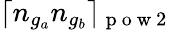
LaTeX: \lceil n_{g_{a}}n_{g_{b}}\rceil_{\mathrm{~p~o~w~2~}}